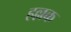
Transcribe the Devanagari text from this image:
हल्लक